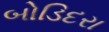
બોડિદરા